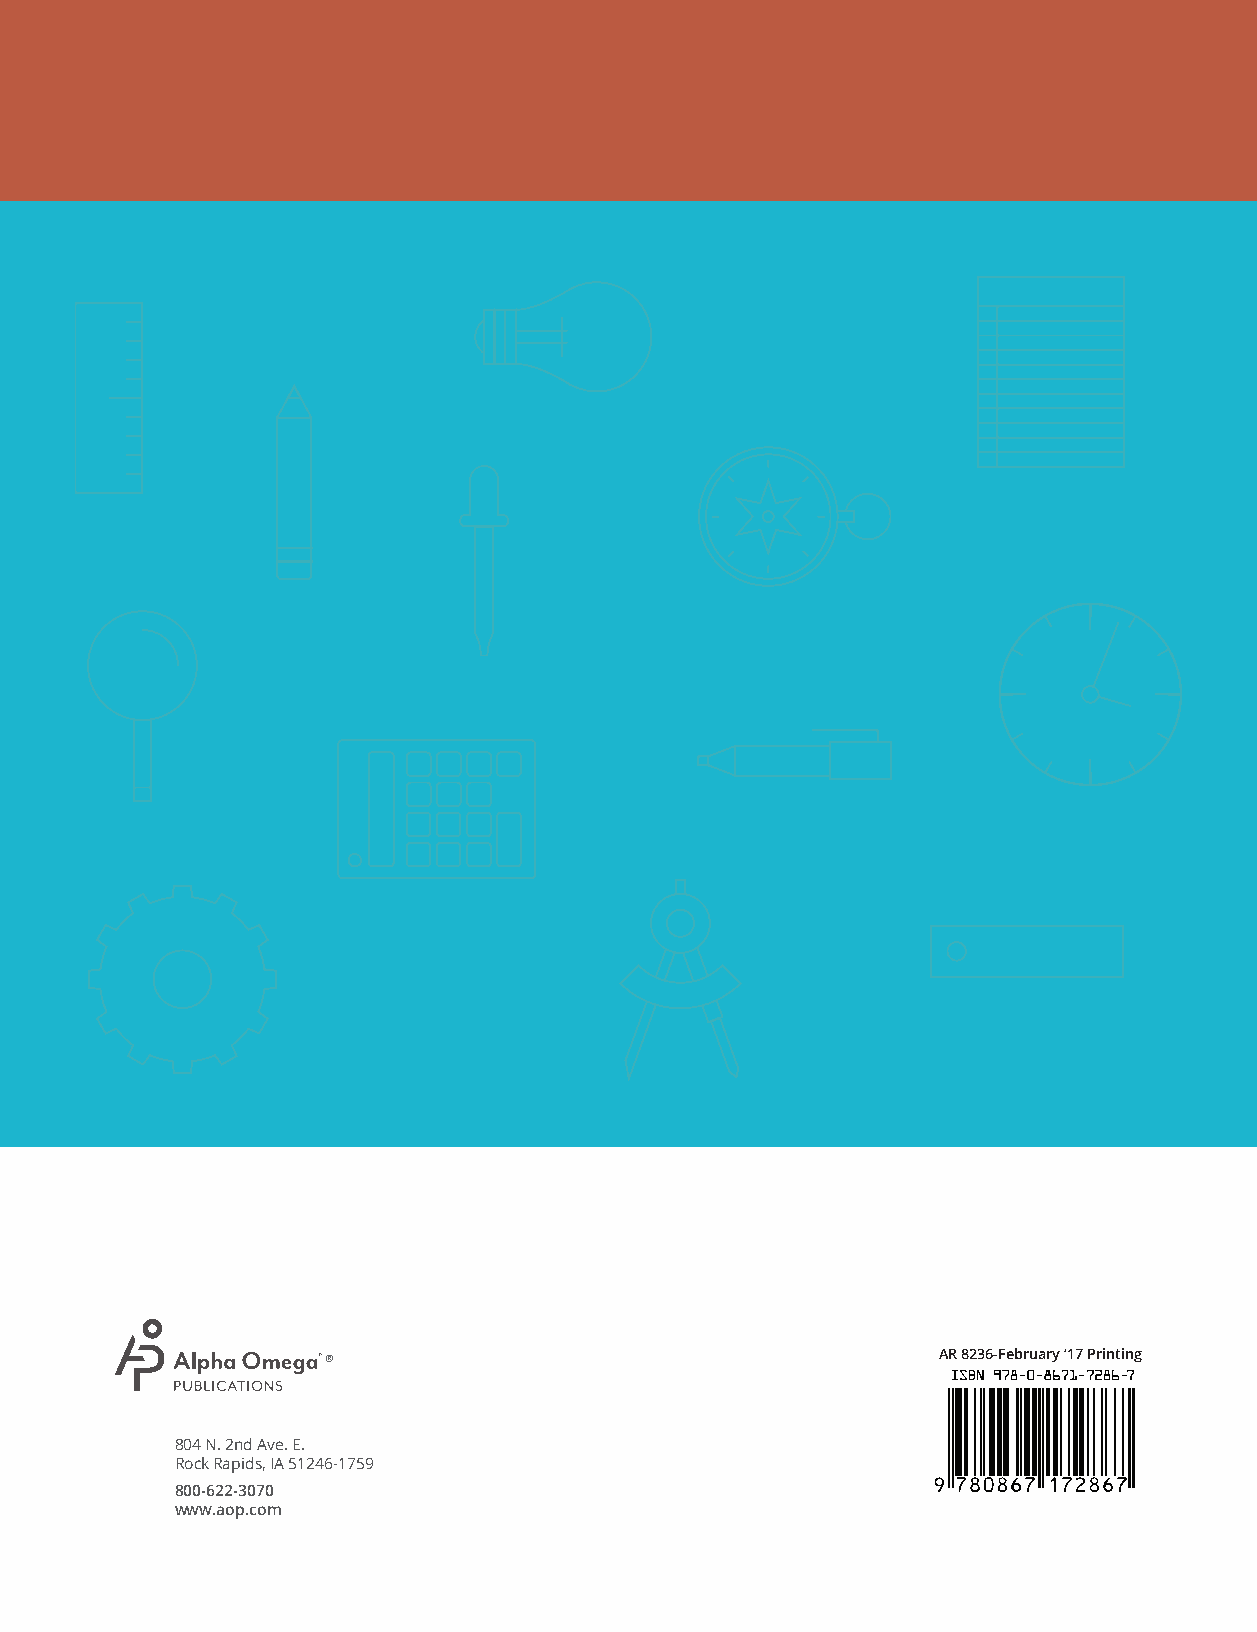
®                                       AR 8236-February ’17 Printing
 804 N. 2nd Ave. E.
 Rock Rapids, IA 51246-1759
 800-622-3070
 www.aop.com